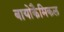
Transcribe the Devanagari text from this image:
बायोकैमिकल